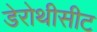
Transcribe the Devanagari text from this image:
डेरोथीसीट